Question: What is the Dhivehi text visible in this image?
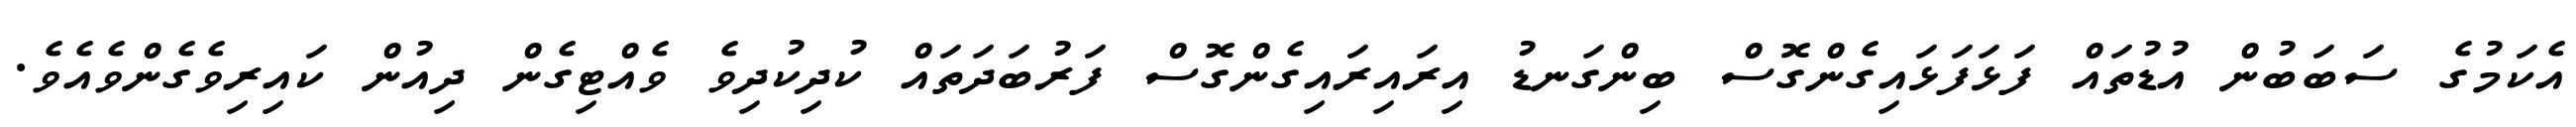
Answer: އެކަމުގެ ސަބަބުން އުޑުތައް ފަޅަފަޅައިގެންގޮސް ބިންގަނޑު އިރައިރައިގެންގޮސް ފަރުބަދަތައް ކުދިކުދިވެ ވެއްޓިގެން ދިއުން ކައިރިވެގެންވެއެވެ.